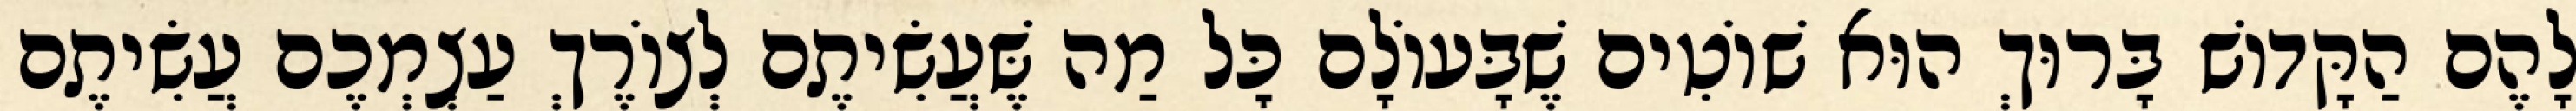
לָהֶם הַקָּדוֹשׁ בָּרוּךְ הוּא שׁוֹטִים שֶׁבָּעוֹלָם כׇּל מַה שֶּׁעֲשִׂיתֶם לְצוֹרֶךְ עַצְמְכֶם עֲשִׂיתֶם